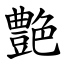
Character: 艶